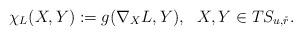
LaTeX: \begin{align*} \chi_L(X,Y) := g(\nabla_X L,Y),\ \ X,Y\in T S_{u,\mathring r}.\end{align*}